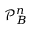
\mathcal P _ { B } ^ { n }